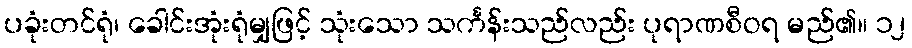
ပခုံးတင်ရုံ၊ ခေါင်းအုံးရုံမျှဖြင့် သုံးသော သင်္ကန်းသည်လည်း ပုရာဏစီဝရ မည်၏။ ၁၂